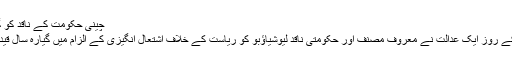
چینی حکومت کے ناقد کو گیارہ سال کی قید
چین میں جمعہ کے روز ایک عدالت نے معروف مصنف اور حکومتی ناقد لِیُوشِیاؤبو کو ریاست کے خلاف اشتعال انگیزی کے الزام میں گیارہ سال قید کی سزا سنا دی۔